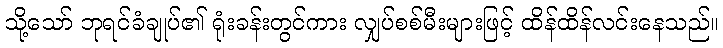
သို့သော် ဘုရင်ခံချုပ်၏ ရုံးခန်းတွင်ကား လျှပ်စစ်မီးများဖြင့် ထိန်ထိန်လင်းနေသည်။